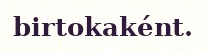
birtokaként.